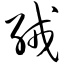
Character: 缄